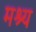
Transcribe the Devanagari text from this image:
मश्य